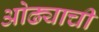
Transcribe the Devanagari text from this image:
ओढ्याची